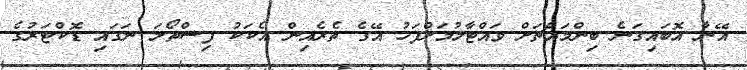
އޭނާ އޮބައިގަނެ ބިންމައްޗަށް ވައްޓާލުމަށްފަހު އޭގެ ތެރެއިން އެކަކު ފިސްތޯލަ ނަގައި ޑޮކްޓަރުގެ